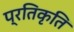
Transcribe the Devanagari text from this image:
प्रतिकृति